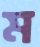
ম